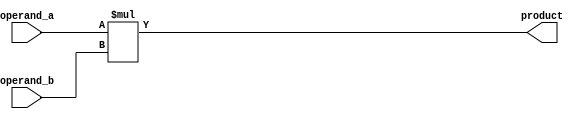
module signed_multiplier (
    input signed [7:0] operand_a,
    input signed [7:0] operand_b,
    output reg signed [15:0] product
);

reg signed [15:0] result;

always @* begin
    result = operand_a * operand_b;
end

assign product = result;

endmodule